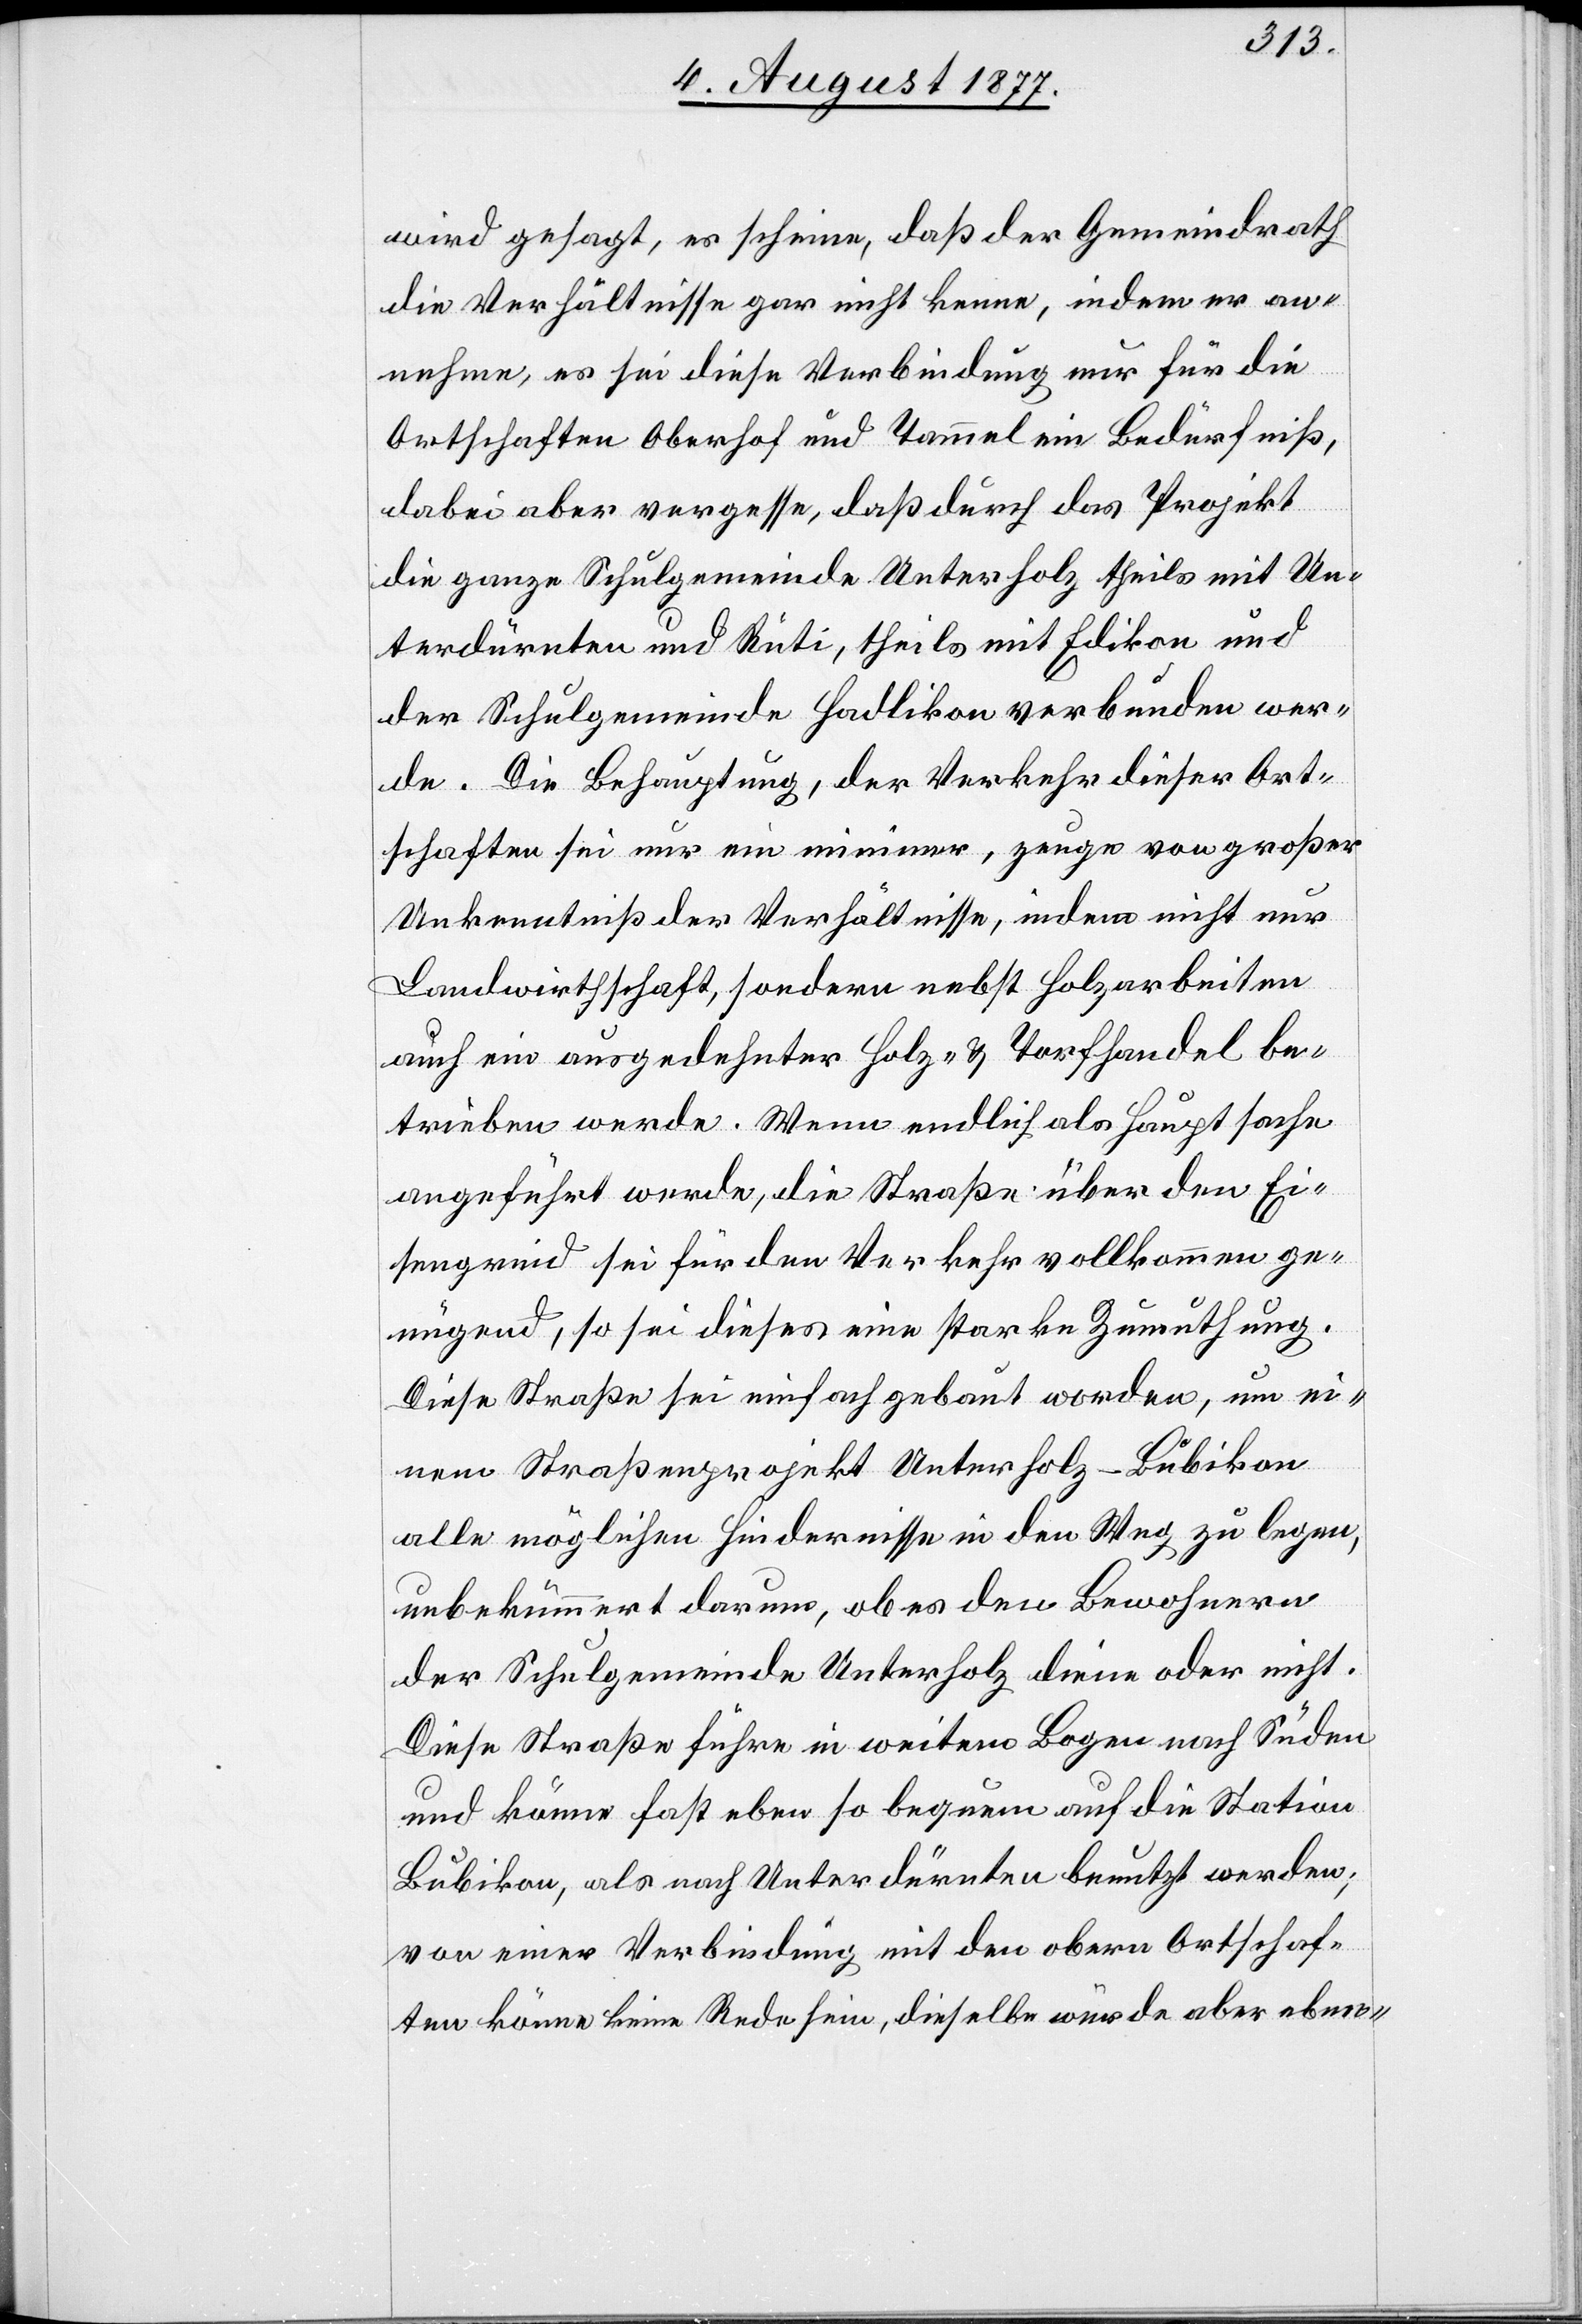
wird gesagt, es scheine, daß der Gemeindrath
die Verhältnisse gar nicht kenne, indem er an¬
nehme, es sei diese Verbindung nur für die
Ortschaften Oberhof und Tammel ein Bedürfniß,
dabei aber vergesse, daß durch das Projekt
die ganze Schulgemeinde Unterholz theils mit Un¬
terdürnten und Rüti, theils mit Edikon und
der Schulgemeinde Hadlikon verbunden wer¬
de. Die Behauptung, der Verkehr dieser Ort¬
schaften sei nur ein minimer, zeuge von großer
Unkenntniß der Verhältnisse, indem nicht nur
Landwirthschaft, sondern nebst Holzarbeiten
auch ein ausgedehnter Holz- & Torfhandel be¬
trieben werde. Wenn endlich als Hauptsache
angeführt werde, die Straße über den Ei¬
sengrind sei für den Verkehr vollkommen ge¬
nügend, so sei dieses eine starke Zumuthung.
Diese Straße sei einfach gebaut worden, um ei¬
nem Straßenprojekt Unterholz–Bubikon
alle möglichen Hindernisse in den Weg zu legen,
unbekümmert darum, ob es den Bewohnern
der Schulgemeinde Unterholz diene oder nicht.
Diese Straße führe in weitem Bogen nach Süden
und könne fast eben so bequem auf die Station
Bubikon, als nach Unterdürnten benutzt werden;
von einer Verbindung mit den obern Ortschaf¬
ten könne keine Rede sein, dieselbe würde aber eben-